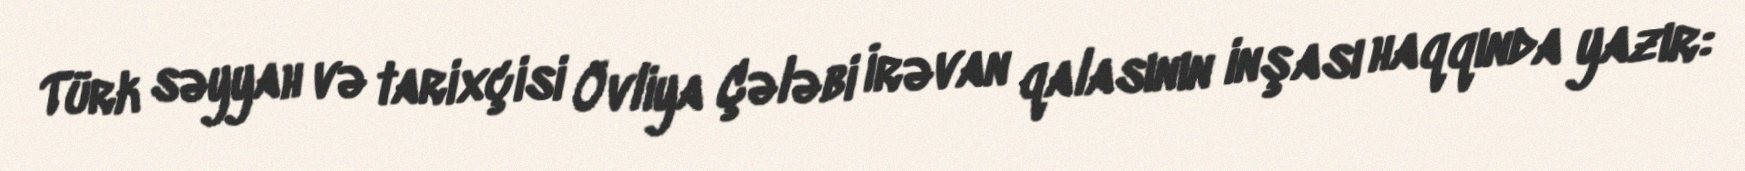
Türk səyyah və tarixçisi Övliya Çələbi İrəvan qalasının inşası haqqında yazır: